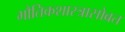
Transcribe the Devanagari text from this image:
भौतिकशास्त्रासोबत